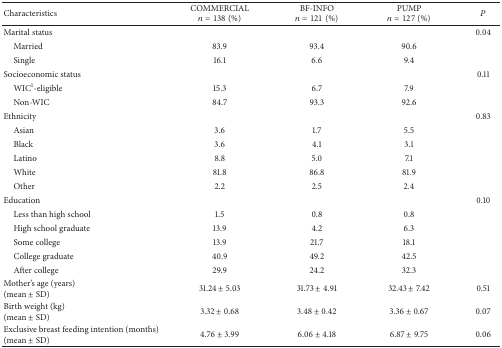
| Characteristics | COMMERCIALn = 138 (%) | BF-INFOn = 121 (%) | PUMPn = 127 (%) | P |
 | --- | --- | --- | --- | --- |
 | Marital status |  |  |  | 0.04 |
 | Married | 83.9 | 93.4 | 90.6 |  |
 | Single | 16.1 | 6.6 | 9.4 |  |
 | Socioeconomic status |  |  |  | 0.11 |
 | WIC1-eligible | 15.3 | 6.7 | 7.9 |  |
 | Non-WIC | 84.7 | 93.3 | 92.6 |  |
 | Ethnicity |  |  |  | 0.83 |
 | Asian | 3.6 | 1.7 | 5.5 |  |
 | Black | 3.6 | 4.1 | 3.1 |  |
 | Latino | 8.8 | 5.0 | 7.1 |  |
 | White | 81.8 | 86.8 | 81.9 |  |
 | Other | 2.2 | 2.5 | 2.4 |  |
 | Education |  |  |  | 0.10 |
 | Less than high school | 1.5 | 0.8 | 0.8 |  |
 | High school graduate | 13.9 | 4.2 | 6.3 |  |
 | Some college | 13.9 | 21.7 | 18.1 |  |
 | College graduate | 40.9 | 49.2 | 42.5 |  |
 | After college | 29.9 | 24.2 | 32.3 |  |
 | Mother's age (years)(mean ± SD) | 31.24 ± 5.03 | 31.73 ± 4.91 | 32.43 ± 7.42 | 0.51 |
 | Birth weight (kg)(mean ± SD) | 3.32 ± 0.68 | 3.48 ± 0.42 | 3.36 ± 0.67 | 0.07 |
 | Exclusive breast feeding intention (months)(mean ± SD) | 4.76 ± 3.99 | 6.06 ± 4.18 | 6.87 ± 9.75 | 0.06 |